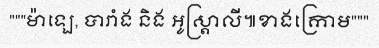
"""ម៉ាឡេ, បារាំង និង អូស្ត្រាលី៕ខាងក្រោម"""